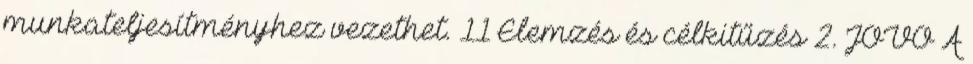
munkateljesítményhez vezethet. 11 Elemzés és célkitűzés 2. JÖVŐ A